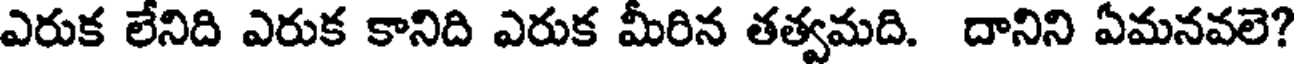
ఎరుక లేనిది ఎరుక కానిది ఎరుక మీరిన తత్వమది. దానిని ఏమనవలె?